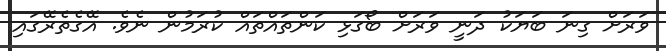
ވަރަށް ގިނަ ބަޔަކު ދަނީ ވަރަށް ބޯގަޅި ކަންތައްތައް ކުރަމުން ނެވެ. އޭގެތެރޭގައި